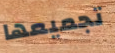
تجميعها